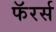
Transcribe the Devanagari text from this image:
फॅरर्स